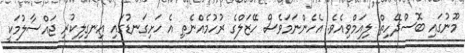
މޫނުގައި ބޮސްދޭހިތް ލިއަމްވިއެވެ. އެހެންނަމަވެސް ހޭޒަލްގެ ރުހުމެއްނެތި އެ ހަށިގަނޑުގައި އިނގިލިކުރި ޖައްސާލުމަކީ